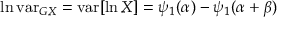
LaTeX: \ln \operatorname { v a r } _ { G X } = \operatorname { v a r } [ \ln X ] = \psi _ { 1 } ( \alpha ) - \psi _ { 1 } ( \alpha + \beta )